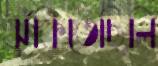
ঝুঁকিতেছিলি